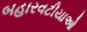
બહારવટીયાઓ